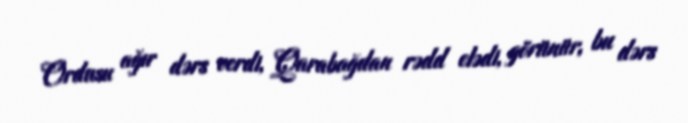
Ordusu ağır dərs verdi, Qarabağdan rədd elədi, görünür, bu dərs